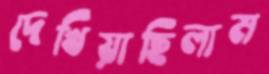
দেখিয়াছিলাম